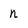
Character: n